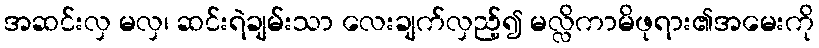
အဆင်းလှ မလှ၊ ဆင်းရဲချမ်းသာ လေးချက်လှည့်၍ မလ္လိကာမိဖုရား၏အမေးကို